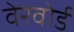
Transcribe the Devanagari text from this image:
वेरवोर्ड